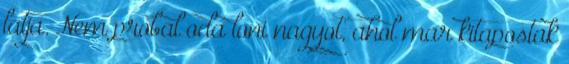
latja. Nem probal oda loni nagyot, ahol mar kitapostak